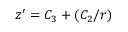
z ^ { \prime } = C _ { 3 } + ( C _ { 2 } / r )